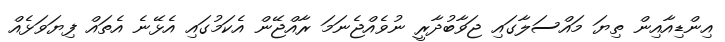
އިންޑިއާއިން ތިޔަ މައްސަލާގައި ޖަވާބުދާރީ ނުވެއްޖެނަމަ ރާއްޖޭން އެކަމުގައި އެޅޭނެ އެތައް ފިޔަވަޅެއް